Vaccination report Assam 1874-1896 - 1874-1896
Year: 1874
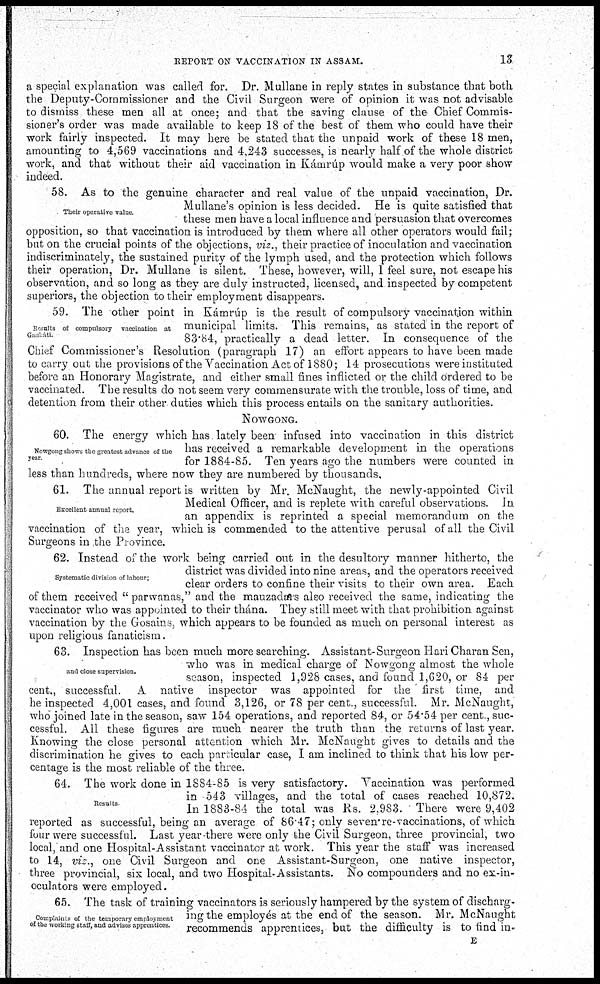
REPORT ON VACCINATION IN ASSAM.
13
a special explanation was called for. Dr. Mullane in reply states in substance that both
the Deputy-Commissioner and the Civil Surgeon were of opinion it was not advisable
to dismiss these men all at once; and that the saving clause of the Chief Commis-
sioner's order was made available to keep 18 of the best of them who could have their
work fairly inspected. It may here be stated that the unpaid work of these 18 men,
amounting to 4,569 vaccinations and 4,243 successes, is nearly half of the whole district
work, and that without their aid vaccination in Kámrúp would make a very poor show
indeed.
Their operative value.
58. As to the genuine character and real value of the unpaid vaccination, Dr.
Mullane's opinion is less decided. He is quite satisfied that
these men have a local influence and persuasion that overcomes
opposition, so that vaccination is introduced by them where all other operators would fail;
but on the crucial points of the objections, viz., their practice of inoculation and vaccination
indiscriminately, the sustained purity of the lymph used, and the protection which follows
their operation, Dr. Mullane is silent. These, however, will, 1 feel sure, not escape his
observation, and so long as they are duly instructed, licensed, and inspected by competent
superiors, the objection to their employment disappears.
Results of compulsory vaccination at
Gauháti.
59. The other point in Kámrúp is the result of compulsory vaccination within
municipal limits. This remains, as stated in the report of
83.84, practically a dead letter. In consequence of the
Chief Commissioner's Resolution (paragraph 17) an effort appears to have been made
to carry out the provisions of the Vaccination Act of 1880; 14 prosecutions were instituted
before an Honorary Magistrate, and either small fines inflicted or the child ordered to be
vaccinated. The results do not seem very commensurate with the trouble, loss of time, and
detention from their other duties which this process entails on the sanitary authorities.
NOWGONG.
Nowgong shows the greatest advance of the
year.
60. The energy which has lately been infused into vaccination in this district
has received a remarkable development in the operations
for 1884-85. Ten years ago the numbers were counted in
less than hundreds, where now they are numbered by thousands.
Excellent annual report.
61. The annual report is written by Mr. McNaught, the newly-appointed Civil
Medical Officer, and is replete with careful observations. In
an appendix is reprinted a special memorandum on the
vaccination of the year, which is commended to the attentive perusal of all the Civil
Surgeons in the Province.
Systematic division of labour,
62. Instead of the work being carried out in the desultory manner hitherto, the
district was divided into nine areas, and the operators received
clear orders to confine their visits to their own area. Each
of them received " parwanas," and the mauzadars also received the same, indicating the
vaccinator who was appointed to their thána. They still meet with that prohibition against
vaccination by the Gosains, which appears to be founded as much on personal interest as
upon religious fanaticism.
and close supervision.
63. Inspection has been much more searching. Assistant-Surgeon Hari Charan Sen,
who was in medical charge of Nowgong almost the whole
season, inspected 1,928 cases, and found 1,620, or 84 per
cent., successful. A native inspector was appointed for the first time, and
he inspected 4,001 cases, and found 3,126, or 78 per cent., successful. Mr. McNaught,
who joined late in the season, saw 154 operations, and reported 84, or 54.54 per cent., suc-
cessful. All these figures are much nearer the truth than the returns of last year.
Knowing the close personal attention which Mr. McNaught gives to details and the
discrimination he gives to each particular case, I am inclined to think that his low per-
centage is the most reliable of the three.
Results
64. The work done in 1884-85 is very satisfactory. Vaccination was performed
in 543 villages, and the total of cases reached 10,872.
In 1883-84 the total was Rs. 2,983. There were 9,402
reported as successful, being an average of 86.47; only seven re-vaccinations, of which
four were successful. Last year there were only the Civil Surgeon, three provincial, two
local, and one Hospital-Assistant vaccinator at work. This year the staff was increased
to 14, viz., one Civil Surgeon and one Assistant-Surgeon, one native inspector,
three provincial, six local, and two Hospital-Assistants. No compounders and no ex-in¬
oculators were employed.
Complaints of the temporary employment
of the working staff, and advises apprentices.
65. The task of training vaccinators is seriously hampered by the system of discharg-
ing the employés at the end of the season. Mr. McNaught
recommends apprentices, but the difficulty is to find in¬
E